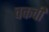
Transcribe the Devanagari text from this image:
चकवी